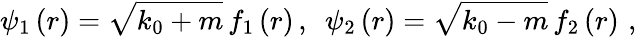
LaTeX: \psi_{1}\left(r\right)=\sqrt{k_{0}+m}\, f_{1}\left(r\right)\, ,\, \, \, \psi_{2}\left(r\right)=\sqrt{k_{0}-m}\, f_{2}\left(r\right)\, \, ,